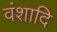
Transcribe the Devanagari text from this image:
वंशादि